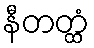
နီတတ္ထံ